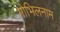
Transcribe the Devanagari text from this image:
गोभिलनाम